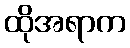
ထိုအရာက